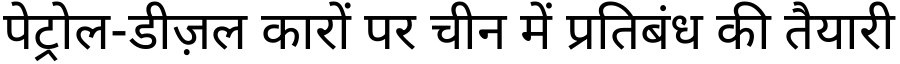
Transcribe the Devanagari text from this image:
पेट्रोल-डीज़ल कारों पर चीन में प्रतिबंध की तैयारी